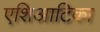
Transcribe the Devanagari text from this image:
एशिआटिका